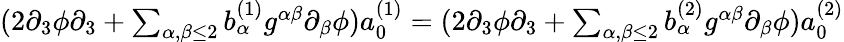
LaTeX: \begin{array}{r}{(2\partial_{3}\phi\partial_{3}+\sum_{\alpha,\beta\leq 2}b_{\alpha}^{(1)}g^{\alpha\beta}\partial_{\beta}\phi)a_{0}^{(1)}=(2\partial_{3}\phi\partial_{3}+\sum_{\alpha,\beta\leq 2}b_{\alpha}^{(2)}g^{\alpha\beta}\partial_{\beta}\phi)a_{0}^{(2)}}\end{array}